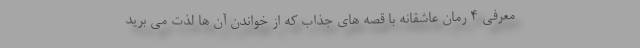
معرفی 4 رمان عاشقانه با قصه های جذاب که از خواندن آن ها لذت می برید